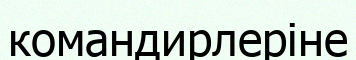
командирлеріне